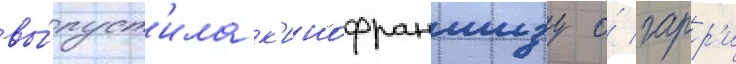
вы́пуст'ила к'инофраншизу о́ гарр'и